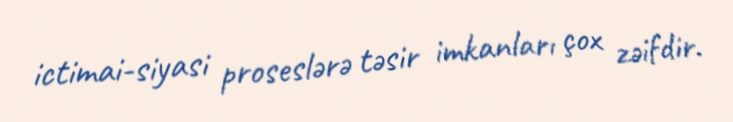
ictimai-siyasi proseslərə təsir imkanları çox zəifdir.